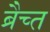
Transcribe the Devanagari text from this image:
ब्रैच्त